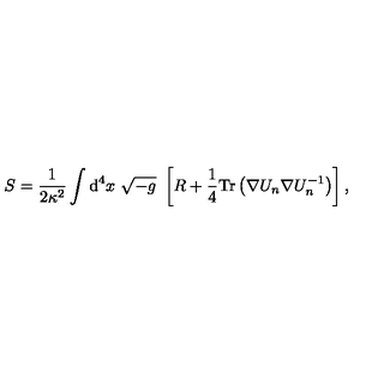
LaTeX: S = { \frac { 1 } { 2 \kappa ^ { 2 } } } \int { \mathrm { d ^ { 4 } } } x \ \sqrt { - { g } } \ \left[ { R } + { \frac { 1 } { 4 } } \mathrm { T r } \left( \nabla U _ { n } \nabla U _ { n } ^ { - 1 } \right) \right] ,